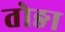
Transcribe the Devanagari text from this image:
तोङा